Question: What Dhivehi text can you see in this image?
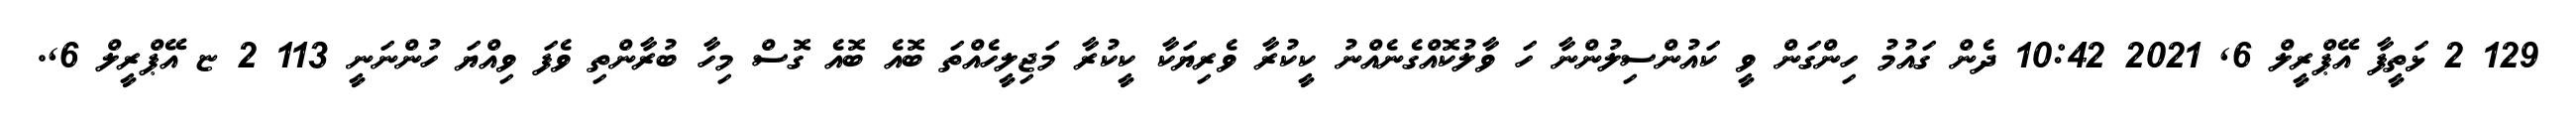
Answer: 129 2 ޅަތީފާ އޭޕްރީލް 6, 2021 10:42 ދެން ގައުމު ހިންގަން ވީ ކައުންސިލުންނާ ހަ ވާލުކޮއްގެނެއްނު ކީކުރާ ވެރިޔަކާ ކީކުރާ މަޖިލީހެއްތަ ބޮއެ ބޮއެ ގޮސް މިހާ ބުރާންތި ވެފަ ވިއްޔަ ހުންނަނީ 113 2 ޏ އޭޕްރީލް 6,.